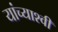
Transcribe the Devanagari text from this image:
यांच्याश्वी